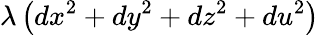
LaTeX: \lambda\left(dx^{2}+dy^{2}+dz^{2}+du^{2}\right)